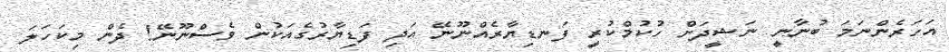
އަހަރެންނަމަ ބުނާނީ ނަޝީދަށް ހުކުމްކުރީ ފަނޑިޔާރެއްނޫނޭ އަދި ފަޑިޔާރުގެއަކުން ވެސްނޫނޭ! ދެން މިކަހަލަ